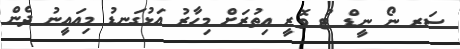
ސަރ ނޯ ނީޑް ޓު ވޮރީ އިތުރަށް މިހާރު އަޅުގަނޑު މިއައީނު ދެން